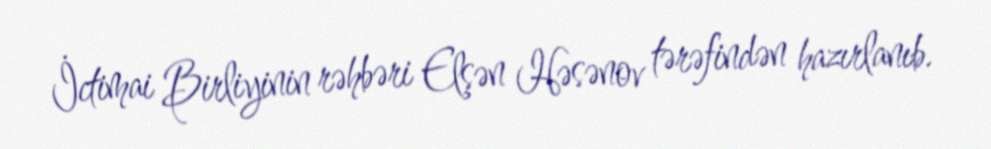
İctimai Birliyinin rəhbəri Elşən Həsənov tərəfindən hazırlanıb.